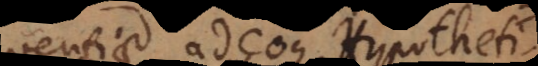
uentiae adeoque Hypotheti